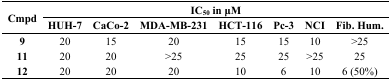
| <ROWSPAN=2> Cmpd | <COLSPAN=7> IC50 in μM |
 | HUH-7 | CaCo-2 | MDA-MB-231 | HCT-116 | Pc-3 | NCI | Fib. Hum. |
 | --- | --- | --- | --- | --- | --- | --- | --- |
 | 9 | 20 | 15 | 20 | 15 | 15 | 10 | >25 |
 | 11 | 20 | 20 | >25 | 25 | 25 | >25 | 25 |
 | 12 | 20 | 20 | 20 | 10 | 6 | 10 | 6 (50%) |